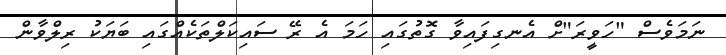
ނަމަވެސް "ހަވީރަ"ށް އެނގިފައިވާ ގޮތުގައި ހަމަ އެ ރޭ ސައިކަލްތަކެއްގައި ބަޔަކު ރިލްވާން